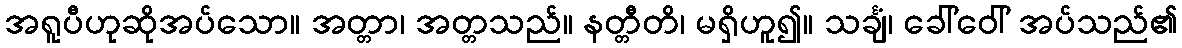
အရူပီဟုဆိုအပ်သော။ အတ္တာ၊ အတ္တသည်။ နတ္တီတိ၊ မရှိဟူ၍။ သင်္ချံ၊ ခေါ်ဝေါ် အပ်သည်၏